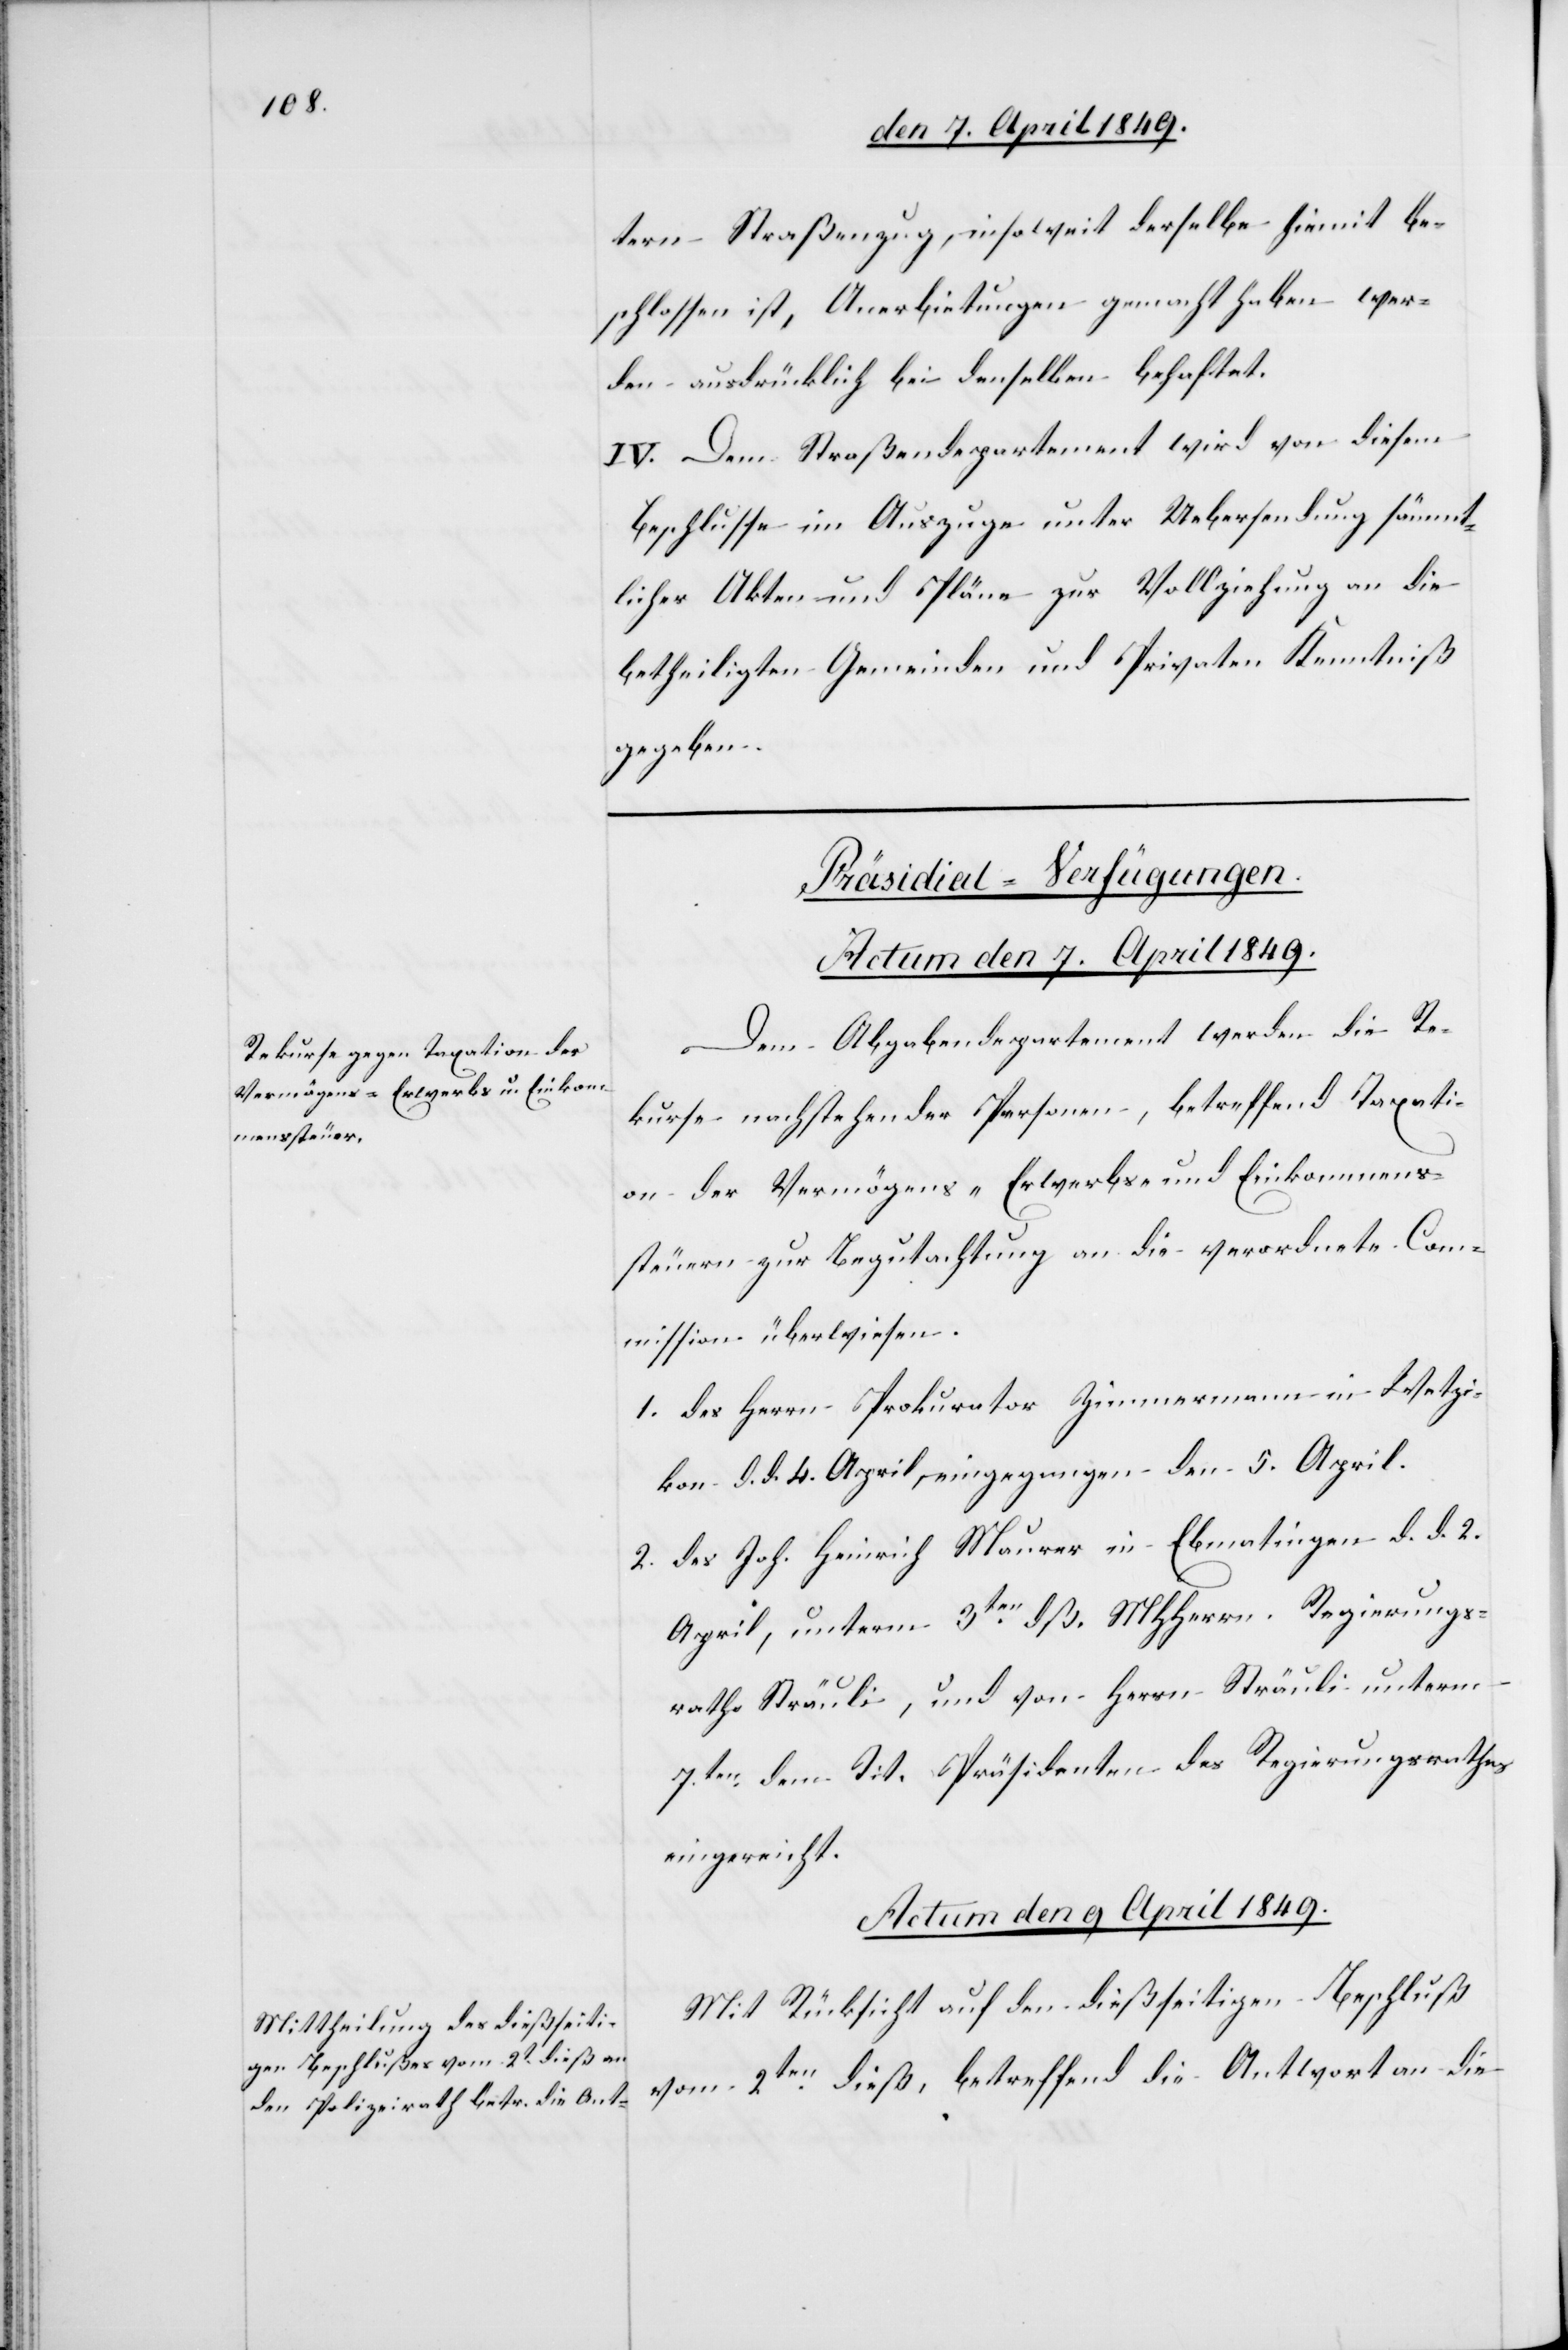
tern Straßenzug, insoweit derselbe hiemit be¬
schlossen ist, Anerbietungen gemacht haben wer¬
den ausdrücklich bei denselben behaftet.
IV. Dem Straßendepartemente wird von diesem
Beschlusse im Auszuge unter Uebersendung sämmt¬
licher Akten und Pläne zur Vollziehung an die
betheiligten Gemeinden und Privaten Kenntniß
gegeben.
[Präsidial-Verfügungen.]
Actum den 7. April 1849.
Dem Abgabendepartement werden die Re¬
kurse nachstehender Personen, betreffend Taxati¬
on der Vermögens- Erwerbs- und Einkommens¬
steuern zur Begutachtung an die verordnete Com¬
mission überwiesen.
1. des Herrn Prokurator Zimmermann in Wetzi¬
kon d. d. 4. April, eingegangen den 5. April.
2. des Joh. Heinrich Maurer in Ebmatingen d. d. 2.
April, unterm 3ten dß. MHHerrn Regierungs¬
rath Sträuli, und von Herrn Sträuli unterm
7ten dem Tit. Präsidenten des Regierungsrathes
eingereicht.
Actum den 9. April 1849.
Mit Rücksicht auf den dießseitigen Beschluß
vom 2ten dieß, betreffend die Antwort an die